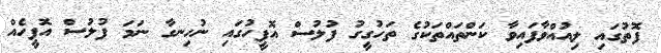
ފޮތުގައި ލިއުއްވާފައިވާ ކަންތައްތަކުގެ ތަހުގީގު ފުލުސް އޮފީހުގައި ނުހިނގާ ނަމަ ފުލުސް އޮފީހެއް